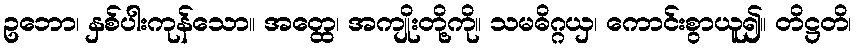
ဥဘော၊ နှစ်ပါးကုန်သော။ အတ္ထေ၊ အကျိုးတို့ကို။ သမဓိဂ္ဂယှ၊ ကောင်းစွာယူ၍။ တိဋ္ဌတိ၊